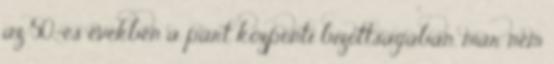
az 50-es években a párt központi bizottságában, már nem